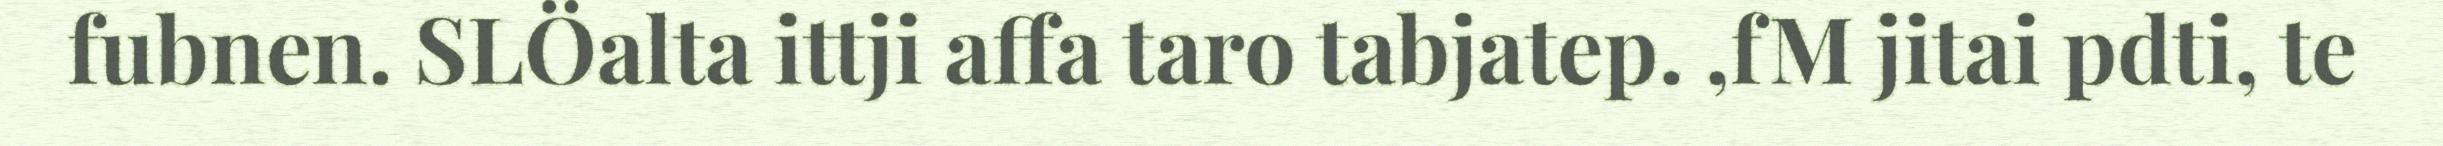
fubnen. SLÖalta ittji affa taro tabjatep. ,fM jitai pdti, te